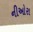
નીઓરા